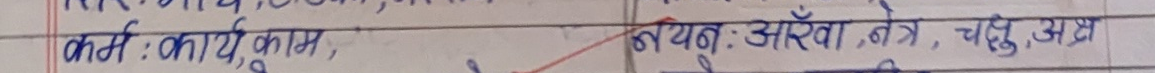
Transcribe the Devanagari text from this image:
कर्म, कार्य, काम, नयन: आँख, नेत्र, चक्षु, अत्र